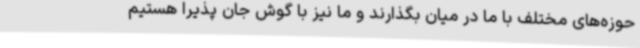
حوزه‌های مختلف با ما در میان بگذارند و ما نیز با گوش جان پذیرا هستیم